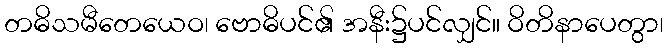
တဓိသမီတေယေဝ၊ ဗောဓိပင်၏ အနီး၌ပင်လျှင်။ ဝိတိနာပေတွာ၊